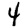
Digit: 4